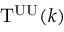
\mathrm { T } ^ { \mathrm { U U } } ( k )